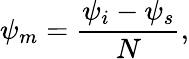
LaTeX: \psi_{m}=\frac{\psi_{i}-\psi_{s}}{N},